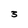
Character: 3